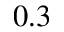
0 . 3